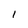
Character: l